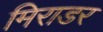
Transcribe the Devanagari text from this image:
मिराडर